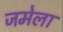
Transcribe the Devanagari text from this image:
जमेला